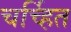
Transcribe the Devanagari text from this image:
चर्च्हित